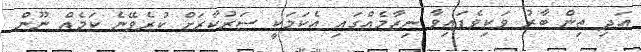
އަދި ތިން ބާރު ވަކިވެފައިވާ ނިޒާމެއްގައި އެކަމަކީ ސަރުކާރަށް ކުރެވޭނެ ކަމެއް ނޫން